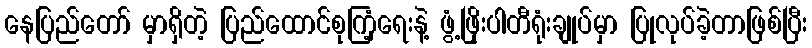
နေပြည်တော် မှာရှိတဲ့ ပြည်ထောင်စုကြံ့ရေးနဲ့ ဖွံ့ဖြိုးပါတီရုံးချုပ်မှာ ပြုလုပ်ခဲ့တာဖြစ်ပြီး